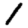
Digit: 1